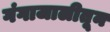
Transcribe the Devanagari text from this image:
गंगाजालीतून